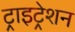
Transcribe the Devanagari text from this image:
ट्राइट्रेशन